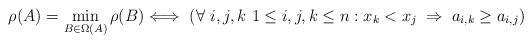
LaTeX: \begin{align*} \rho(A)=\min_{B\in\Omega(A)}\rho(B) \Longleftrightarrow\ \left(\forall\ i,j,k\ 1\leq i,j,k\leq n: x_k < x_j\;\Rightarrow\;a_{i,k}\geq a_{i,j}\right)\end{align*}